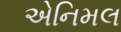
એનિમલ